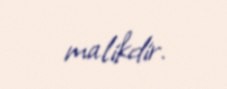
malikdir.